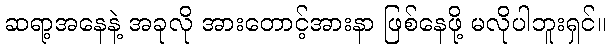
ဆရာ့အနေနဲ့ အခုလို အားတောင့်အားနာ ဖြစ်နေဖို့ မလိုပါဘူးရှင်။